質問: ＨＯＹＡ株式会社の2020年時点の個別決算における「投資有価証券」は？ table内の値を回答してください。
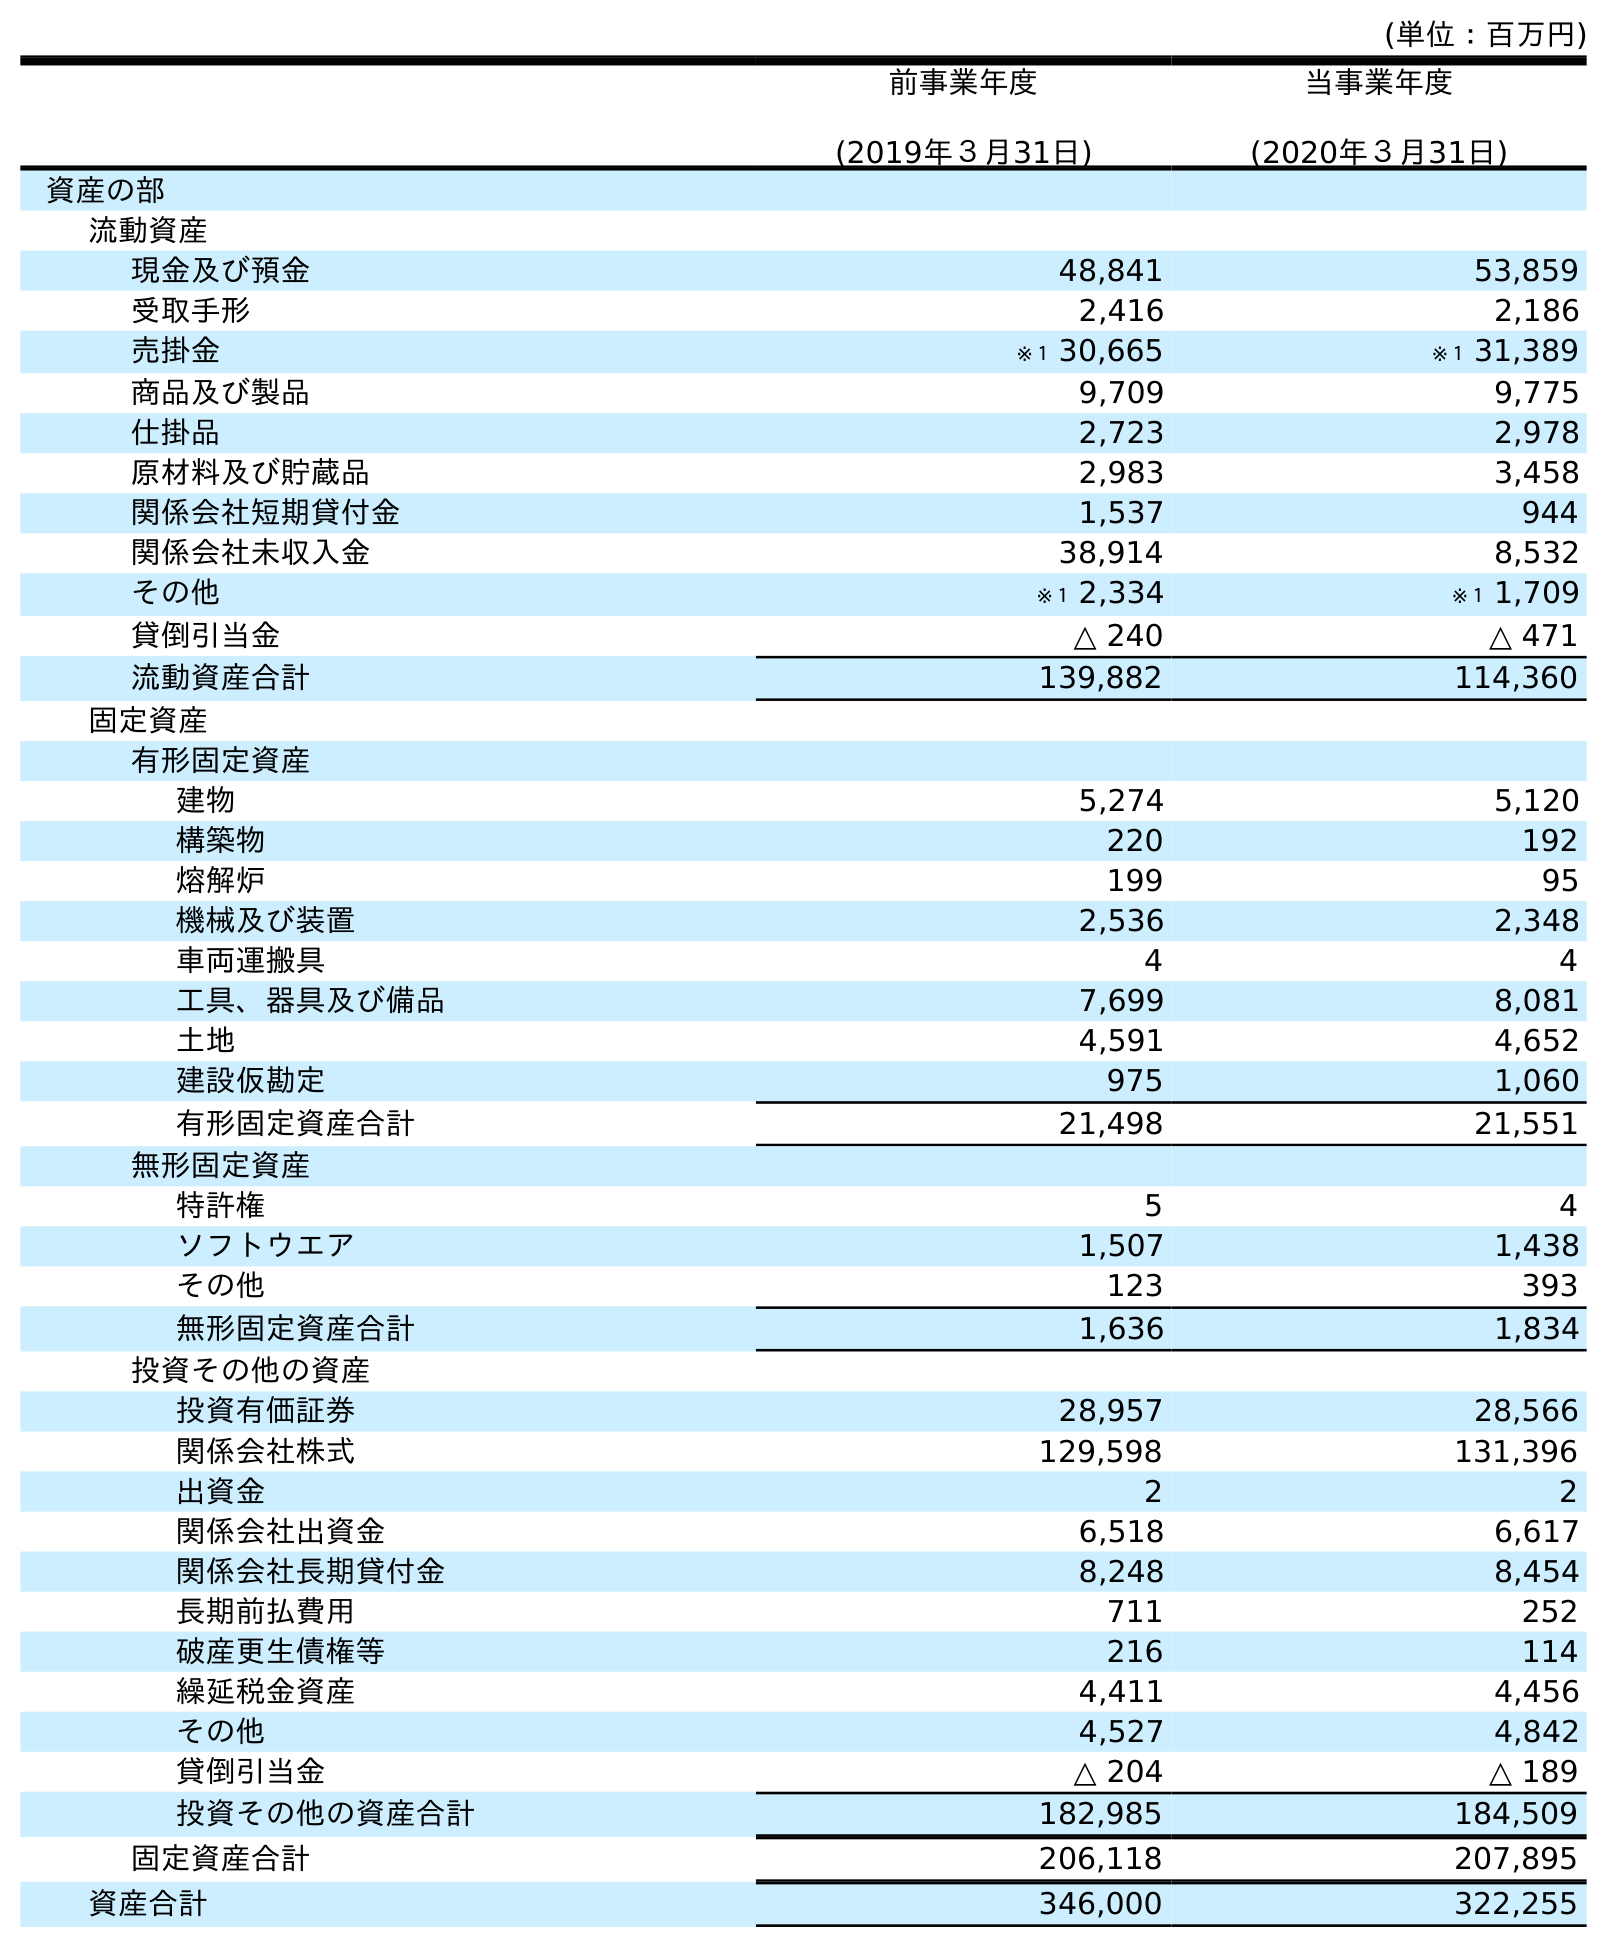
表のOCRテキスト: (単位：百万円) 前事業年度 (2019年３月31日) 当事業年度 (2020年３月31日) 資産の部 流動資産 現金及び預金 48,841 53,859 受取手形 2,416 2,186 売掛金 ※１ 30,665 ※１ 31,389 商品及び製品 9,709 9,775 仕掛品 2,723 2,978 原材料及び貯蔵品 2,983 3,458 関係会社短期貸付金 1,537 944 関係会社未収入金 38,914 8,532 その他 ※１ 2,334 ※１ 1,709 貸倒引当金 △ 240 △ 471 流動資産合計 139,882 114,360 固定資産 有形固定資産 建物 5,274 5,120 構築物 220 192 熔解炉 199 95 機械及び装置 2,536 2,348 車両運搬具 4 4 工具、器具及び備品 7,699 8,081 土地 4,591 4,652 建設仮勘定 975 1,060 有形固定資産合計 21,498 21,551 無形固定資産 特許権 5 4 ソフトウエア 1,507 1,438 その他 123 393 無形固定資産合計 1,636 1,834 投資その他の資産 投資有価証券 28,957 28,566 関係会社株式 129,598 131,396 出資金 2 2 関係会社出資金 6,518 6,617 関係会社長期貸付金 8,248 8,454 長期前払費用 711 252 破産更生債権等 216 114 繰延税金資産 4,411 4,456 その他 4,527 4,842 貸倒引当金 △ 204 △ 189 投資その他の資産合計 182,985 184,509 固定資産合計 206,118 207,895 資産合計 346,000 322,255
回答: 28,566